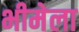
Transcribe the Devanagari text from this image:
भीमेला